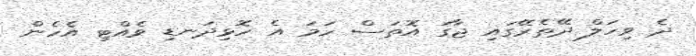
ދެ ވިހަލް ދޭތެރޭގައި ޖާގަ އޮތަސް ހަމަ އެ ހޮޅިދަނޑި ވެއްޓި އެހެން